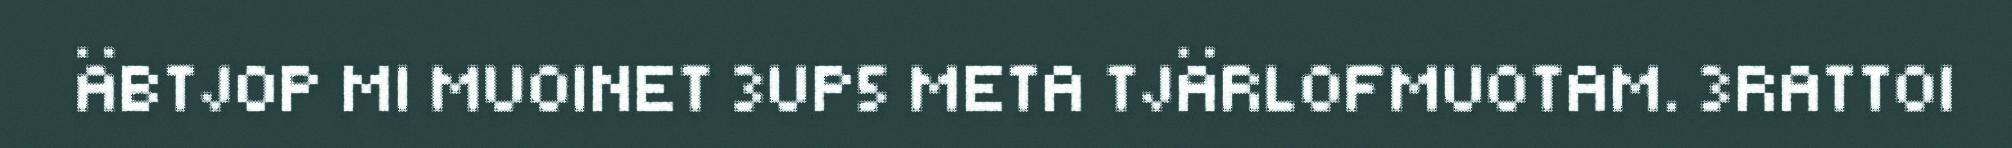
ÄBTJOP MI MUOINET 3UP5 META TJÄRLOFMUOTAM. 3RATTOI